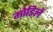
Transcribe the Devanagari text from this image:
मोडिलें